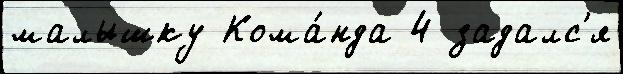
малышку Кома́нда 4 задалс'я